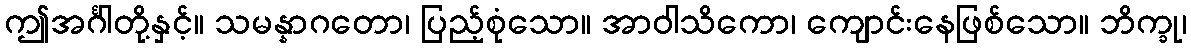
ဤအင်္ဂါတို့နှင့်။ သမန္နာဂတော၊ ပြည့်စုံသော။ အာဝါသိကော၊ ကျောင်းနေဖြစ်သော။ ဘိက္ခု၊